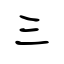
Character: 三